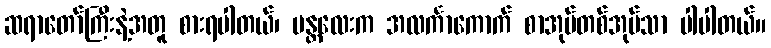
ဆရာတော်ကြီးနဲ့အတူ စားရပါတယ်၊ မန္တလေးက အလင်္ကာကောက် စာအုပ်တစ်အုပ်သာ ပါပါတယ်။